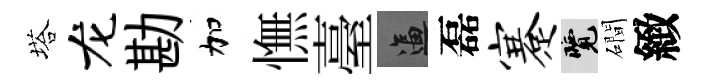
塔龙勘加憮臺逼磊蹇覽磵緻